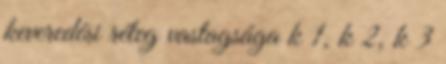
keveredési réteg vastagsága k 1, k 2, k 3